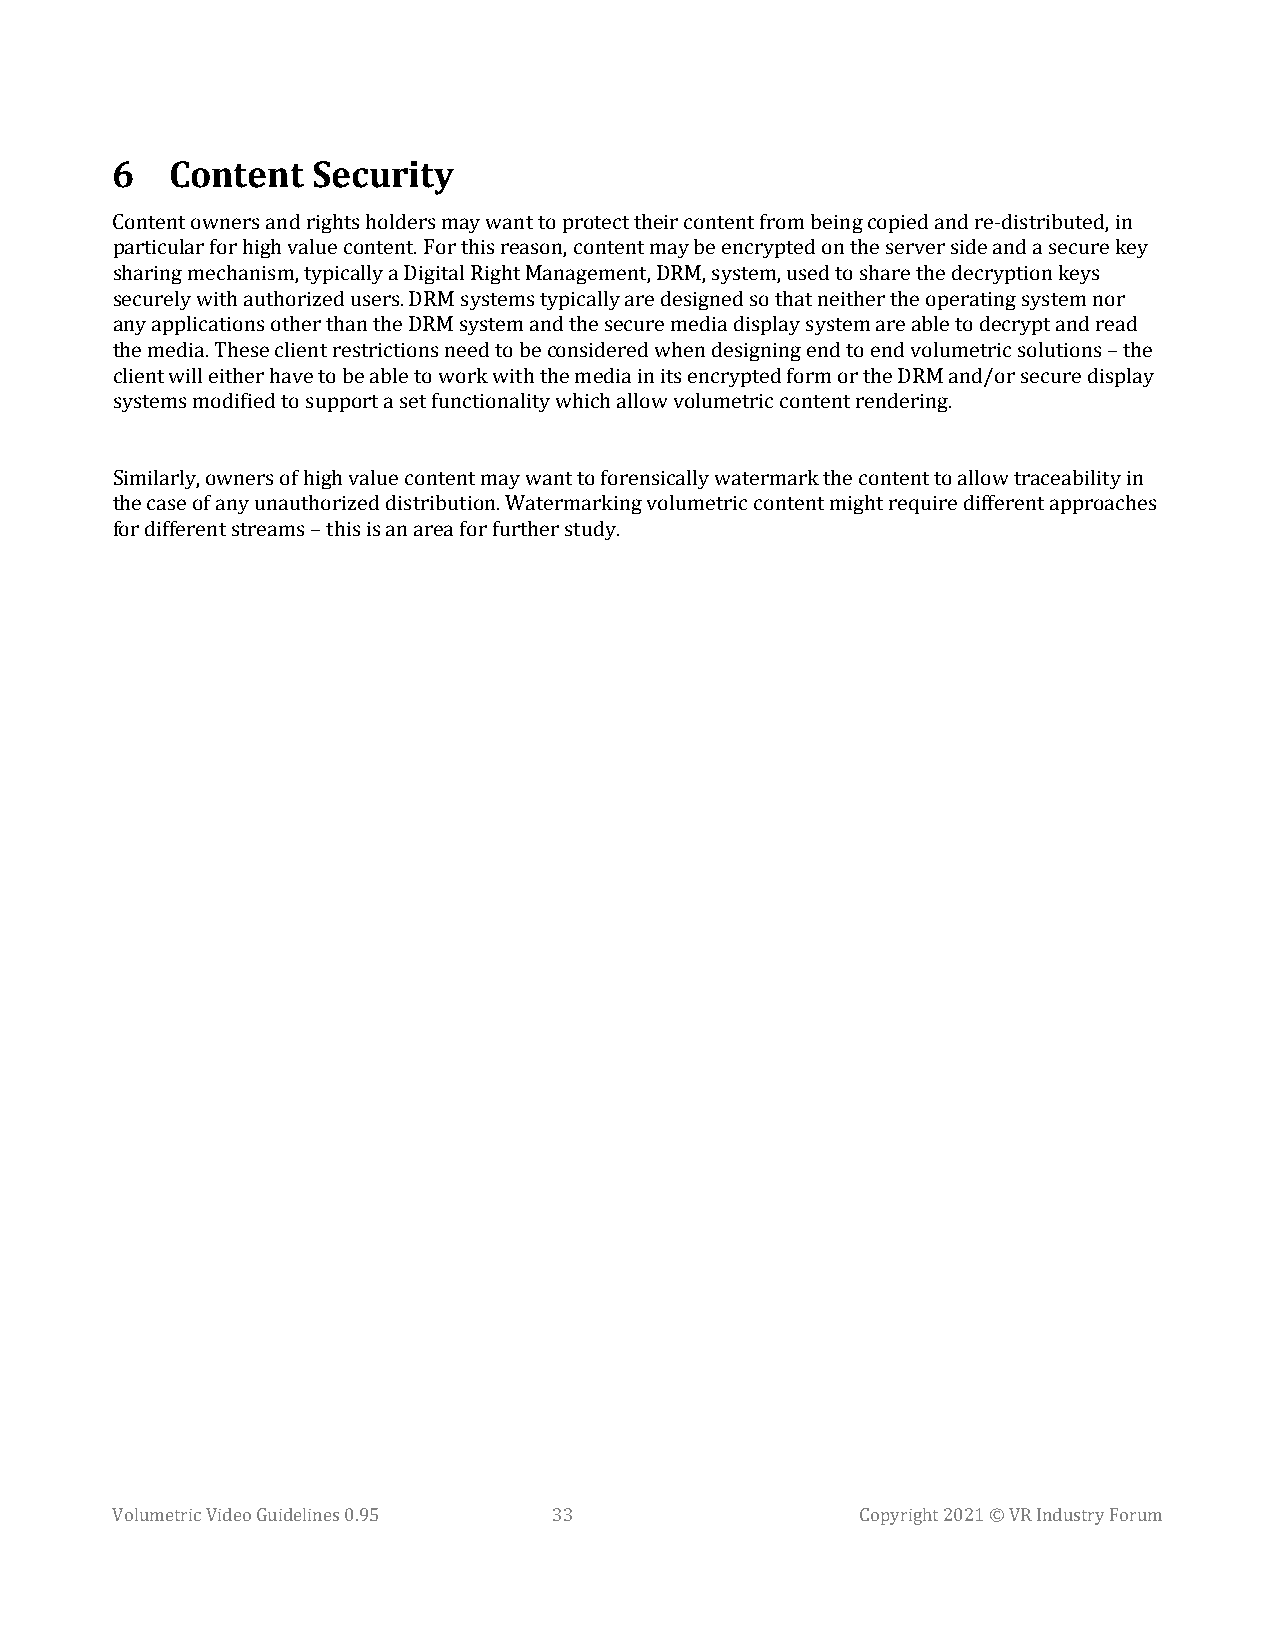
6   Content   Security
 Content owners and rights holders may want to protect their content from being copied and re-distributed, in
 particular for high value content. For this reason, content may be encrypted on the server side and a secure key
 sharing mechanism, typically a Digital Right Management, DRM, system, used to share the decryption keys
 securely with authorized users. DRM systems typically are designed so that neither the operating system nor
 any applications other than the DRM system and the secure media display system are able to decrypt and read
 the media. These client restrictions need to be considered when designing end to end volumetric solutions – the
 client will either have to be able to work with the media in its encrypted form or the DRM and/or secure display
 systems modified to support a set functionality which allow volumetric content rendering.
 Similarly, owners of high value content may want to forensically watermark the content to allow traceability in
 the case of any unauthorized distribution. Watermarking volumetric content might require different approaches
 for different streams – this is an area for further study.
 Volumetric Video Guidelines 0.95 33               Copyright 2021 © VR Industry Forum